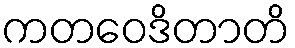
ကတဝေဒိတာတိ